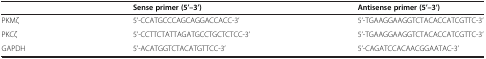
|  | Sense primer (5’–3’) | Antisense primer (5’–3’) |
 | --- | --- | --- |
 | PKMζ | 5’-CCATGCCCAGCAGGACCACC-3’ | 5’-TGAAGGAAGGTCTACACCATCGTTC-3’ |
 | PKCζ | 5’-CCTTCTATTAGATGCCTGCTCTCC-3’ | 5’-TGAAGGAAGGTCTACACCATCGTTC-3’ |
 | GAPDH | 5’-ACATGGTCTACATGTTCC-3’ | 5’-CAGATCCACAACGGAATAC-3’ |